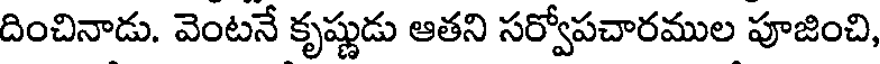
దించినాడు. వెంటనే కృష్ణుడు ఆతని సర్వోపచారముల పూజించి,